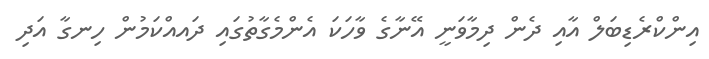
އިންކްރެޑިބަލް އާއި ދެން ދިމާވަނީ އޭނާގެ ވާހަކަ އެންމެގާތުގައި ދައއްކަމުން ހިނގާ އަދި